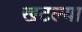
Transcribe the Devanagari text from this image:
खटल्या